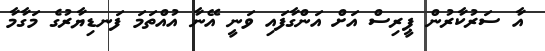
އާ ސަރުކާރުން ޕީރިސް އަށް އަންގާފައި ވަނީ އޭނާ އުއްތަމަ ފަނޑިޔާރުގެ މަގާމާ